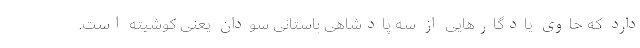
دارد که حاوی یادگارهایی از سه پادشاهی باستانی سودان یعنی کوشیته است.